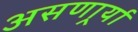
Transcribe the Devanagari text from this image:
असणार्र्या